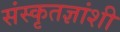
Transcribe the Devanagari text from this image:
संस्कृतज्ञांशी